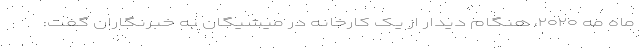
ماه مه ۲۰۲۰، هنگام دیدار از یک کارخانه در میشیگان به خبرنگاران گفت: